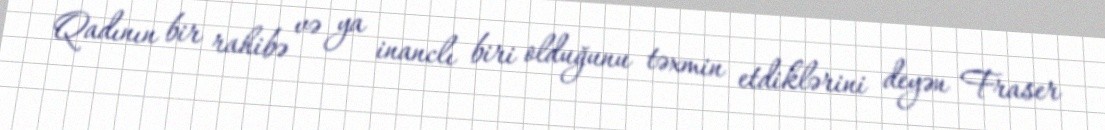
Qadının bir rahibə və ya inanclı biri olduğunu təxmin etdiklərini deyən Fraser